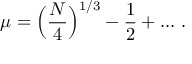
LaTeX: \mu = \Bigl ( \frac { N } { 4 } \Bigr ) ^ { 1 / 3 } - \frac { 1 } { 2 } + . . . ~ .